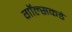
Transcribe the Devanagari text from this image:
गॉल्सकडे